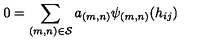
0 = \sum _ { { ( m , n ) } \in { \cal S } } a _ { ( m , n ) } { \psi _ { ( m , n ) } } ( { h _ { i j } } )